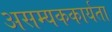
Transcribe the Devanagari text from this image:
असम्यककार्यता